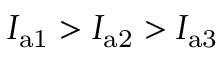
{ I _ { \mathrm { a 1 } } > I _ { \mathrm { a 2 } } > I _ { \mathrm { a 3 } } }